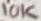
Text: 10K